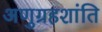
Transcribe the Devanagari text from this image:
अणुग्रहशांति